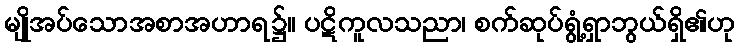
မျိုအပ်သောအစာအဟာရ၌။ ပဋိကူလသညာ၊ စက်ဆုပ်ရွံ့ရှာဘွယ်ရှိ၏ဟု